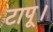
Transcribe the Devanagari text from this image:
टापू।